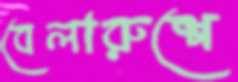
বেলারুশে